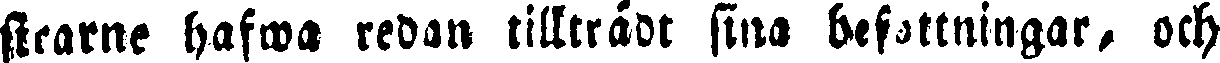
stearne hafwa redan tillträdt sina befattningar, och